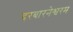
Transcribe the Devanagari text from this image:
दरबारनेश्वरम